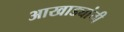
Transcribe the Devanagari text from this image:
आखाड्यांची